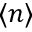
\langle n \rangle